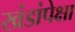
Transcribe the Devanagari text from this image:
खंडांपेक्षा